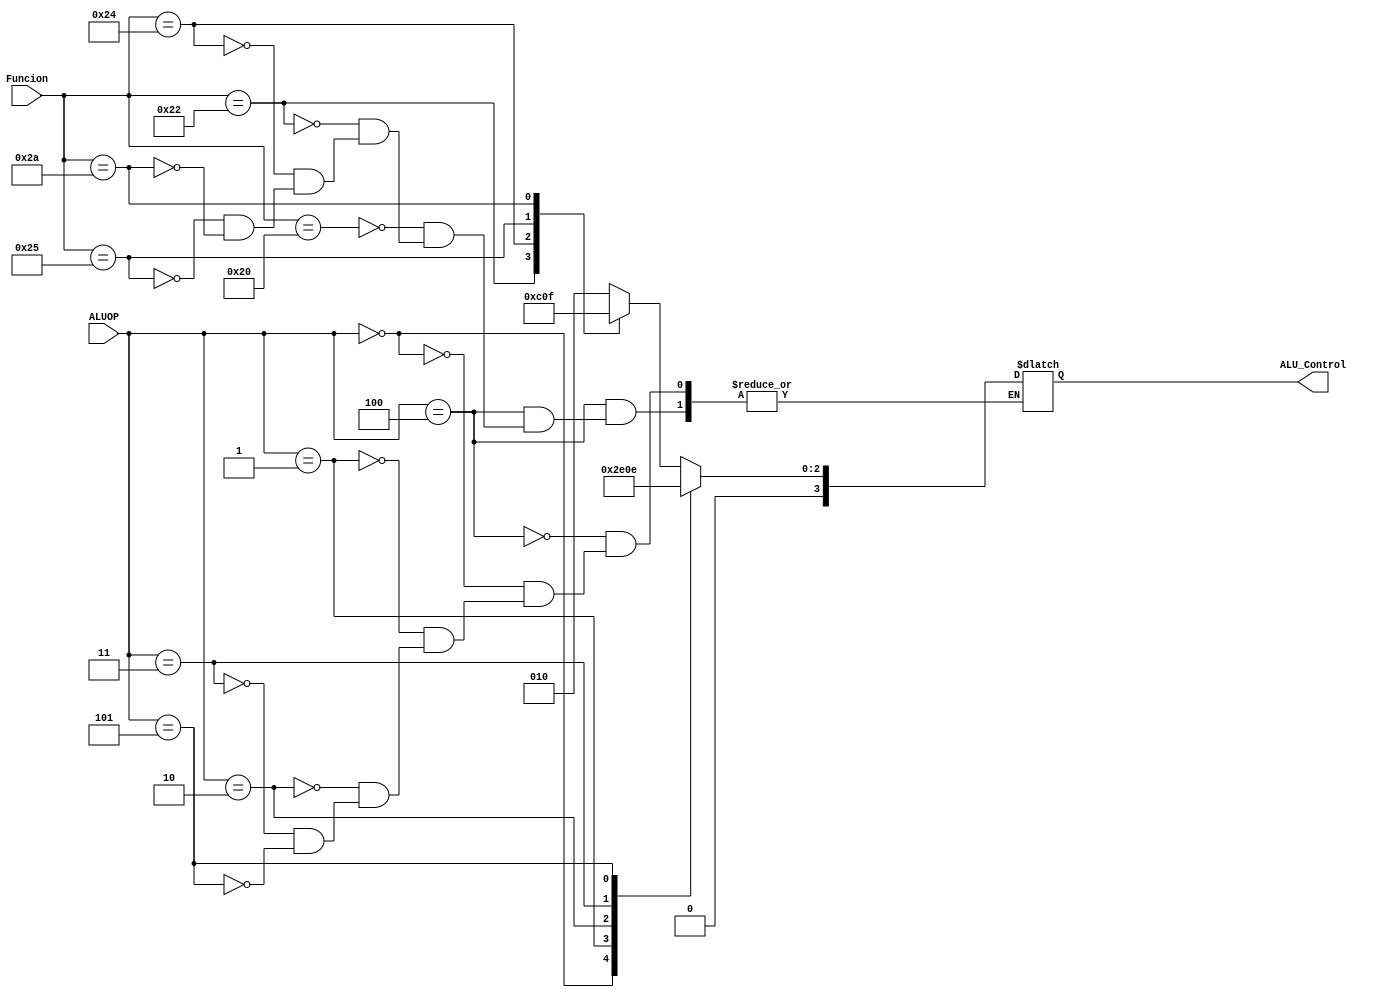
`timescale 1ns/1ns

module ALUControl(
	input [2:0]ALUOP,
	input [5:0]Funcion,

	output reg [3:0]ALU_Control
);

always @*
begin
	case(ALUOP)
	3'b100://R-type
		case(Funcion)
		6'b100000://ADD
			begin
			ALU_Control = 4'b0010;
			end
		6'b100010://SUB
			begin
			ALU_Control = 4'b0110;
			end
		6'b100100://AND
			begin
			ALU_Control = 4'b0000;
			end
		6'b100101://OR
			begin
			ALU_Control = 4'b0001;
			end
		6'b101010://SLT
			begin
			ALU_Control = 4'b0111;
			end
		endcase
	// I-type
	3'b000: //sw y lw y ADDI
	begin
		ALU_Control = 4'b0010;
	end

	3'b001: // SLTI
	begin
		ALU_Control = 4'b0111;
	end
	3'b010: // ANDI
	begin
		ALU_Control = 4'b0000;
	end
	3'b011: // ORI
	begin
		ALU_Control = 4'b0001;
	end
	3'b101: // BEQ
	begin
		ALU_Control = 4'b0110;
	end
	endcase
end
endmodule